Vaccine operations Central Provinces & Berar 1922-1929 - 1922-1929
Year: 1922
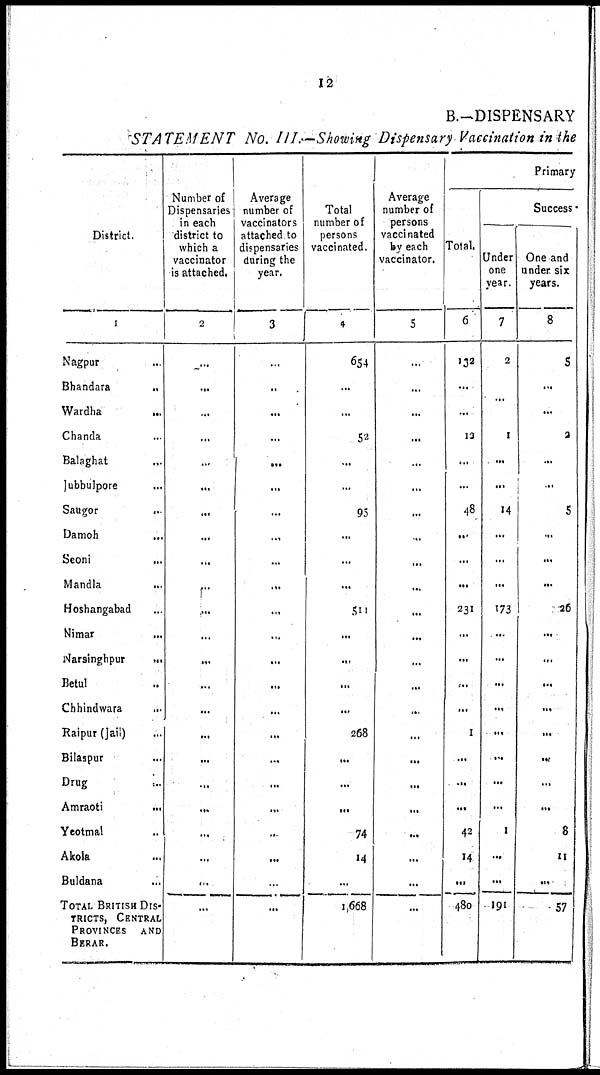
12
B.—DISPENSARY
STATEMENT No. III.—Showing Dispensary Vaccination in the
District.
1
Nagpur ...
Bhandara ...
Wardha
...
Chanda ...
Balaghat ...
Jubbulpore ...
Saugor ...
Damoh ...
Seoni ...
Mandla ...
Hoshangabad ...
Nimar ...
Narsinghpur
...
Betul ...
Chhindwara
...
Raipur (Jail) ...
Bilaspur ...
Drug
...
Amraoti
...
Yeotmal ...
Akola ...
Buldana ...
TOTAL BRITISH DIS-
TRICTS, CENTRAL
PROVINCES AND
BERAR.
Number of
Dispensaries
in each
district to
which a
vaccinator
is attached.
2
...
...
...
...
...
...
...
...
...
...
...
...
...
...
...
...
...
...
...
...
...
...
...
Average
number of
vaccinators
attached to
dispensaries
during the
year.
3
...
...
...
...
...
...
...
...
...
...
...
...
...
...
...
...
...
...
...
...
...
...
...
Total
number of
persons
vaccinated.
4
654
...
...
52
...
...
95
...
...
...
511
...
...
...
...
268
...
...
...
74
14
...
1,668
Average
number of
persons
vaccinated
by each
vaccinator.
5
...
...
...
...
...
...
...
...
...
...
...
...
...
...
...
...
...
...
...
...
...
...
...
Primary
Total.
6
132
...
...
13
...
...
48
...
...
...
231
...
...
...
...
1
...
...
...
42
14
...
480
Success
Under
one
year.
7
2
...
...
1
...
...
14
...
...
...
173
...
...
...
...
...
...
...
...
1
...
...
191
One and
under six
years.
8
5
...
...
2
...
...
5
...
...
...
26
...
...
...
...
...
...
...
...
8
11
...
57